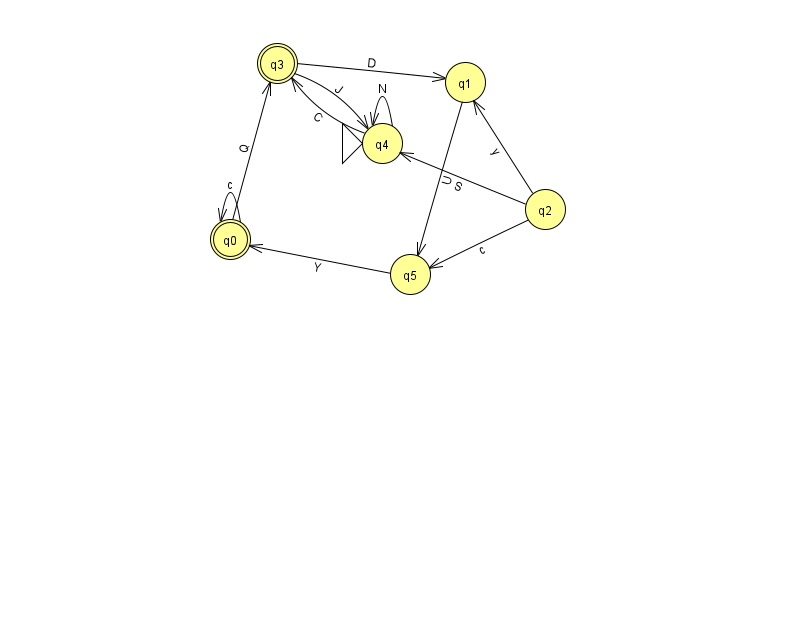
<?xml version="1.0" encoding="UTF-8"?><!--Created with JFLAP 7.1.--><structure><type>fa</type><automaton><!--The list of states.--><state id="0" name="q0"><x>230.0</x><y>226.0</y><final/></state><state id="1" name="q1"><x>465.0</x><y>69.0</y></state><state id="2" name="q2"><x>545.0</x><y>196.0</y></state><state id="3" name="q3"><x>277.0</x><y>50.0</y><final/></state><state id="4" name="q4"><x>382.0</x><y>130.0</y><initial/></state><state id="5" name="q5"><x>410.0</x><y>261.0</y></state><!--The list of transitions.--><transition><from>2</from><to>5</to><read>c</read></transition><transition><from>0</from><to>0</to><read>c</read></transition><transition><from>3</from><to>1</to><read>D</read></transition><transition><from>5</from><to>0</to><read>Y</read></transition><transition><from>1</from><to>5</to><read>U</read></transition><transition><from>3</from><to>4</to><read>J</read></transition><transition><from>2</from><to>1</to><read>y</read></transition><transition><from>2</from><to>4</to><read>S</read></transition><transition><from>4</from><to>4</to><read>N</read></transition><transition><from>0</from><to>3</to><read>Q</read></transition><transition><from>4</from><to>3</to><read>C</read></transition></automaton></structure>